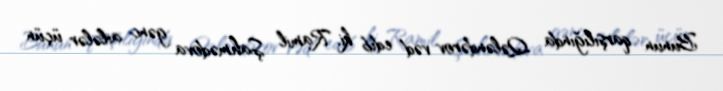
Bunun qarşılığında Qələndərov vəd edib ki, Ramil Şahmədova gənc ailələr üçün